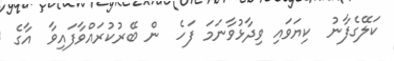
ކަލޭގެފާނު  ކިޔަވައި ވިދާޅުވާނަމަ ފަހެ  ން ބޭރުކުރައްވާފައިވާ  އާގެ